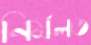
নির্মলত